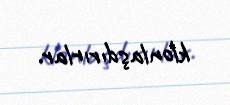
klonlaşdırırlar.